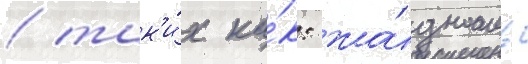
/ так'и́х ка́к: жа́дность